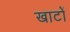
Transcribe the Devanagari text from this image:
खाटों